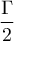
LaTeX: \frac { \Gamma } { 2 }